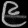
Digit: ၉